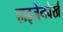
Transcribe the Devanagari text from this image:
हाइजेनवेर्ख